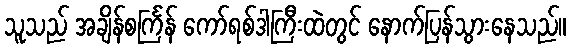
သူသည် အချိန်စင်္ကြန် ကော်ရစ်ဒါကြီးထဲတွင် နောက်ပြန်သွားနေသည်။